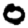
Digit: 0